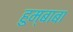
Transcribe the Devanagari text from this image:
हुम्बाबा